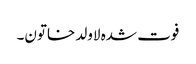
فوت شدہ لاولد خاتون۔